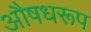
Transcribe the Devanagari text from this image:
औषधरूप